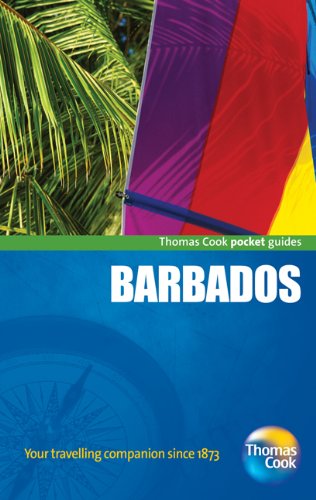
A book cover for Barbados Pocket Guide, 2nd: Compact and practical pocket guides for sun seekers and city breakers (Thomas Cook Pocket Guides); Thomas Cook Publishing; Travel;